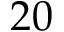
2 0